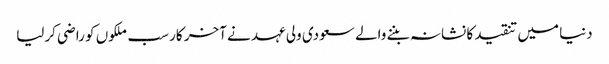
دنیا میں تنقید کا نشانہ بننے والے سعودی ولی عہد نے آخر کار سب ملکوں کو راضی کرلیا